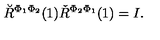
\breve { R } ^ { \Phi _ { 1 } \Phi _ { 2 } } ( 1 ) \check { R } ^ { \Phi _ { 2 } \Phi _ { 1 } } ( 1 ) = I .